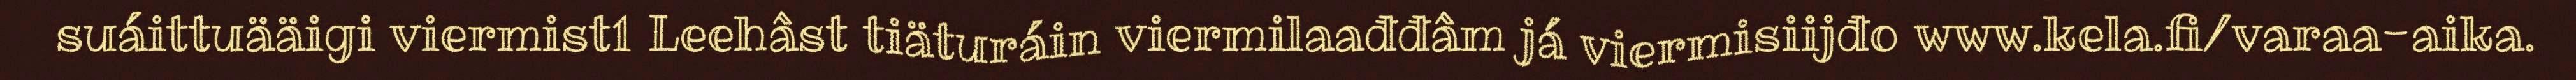
suáittuääigi viermist1 Leehâst tiäturáin viermilaađđâm já viermisiijđo www.kela.fi/varaa-aika.